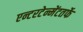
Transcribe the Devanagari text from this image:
एन्टरटेन्मेंटतर्फे